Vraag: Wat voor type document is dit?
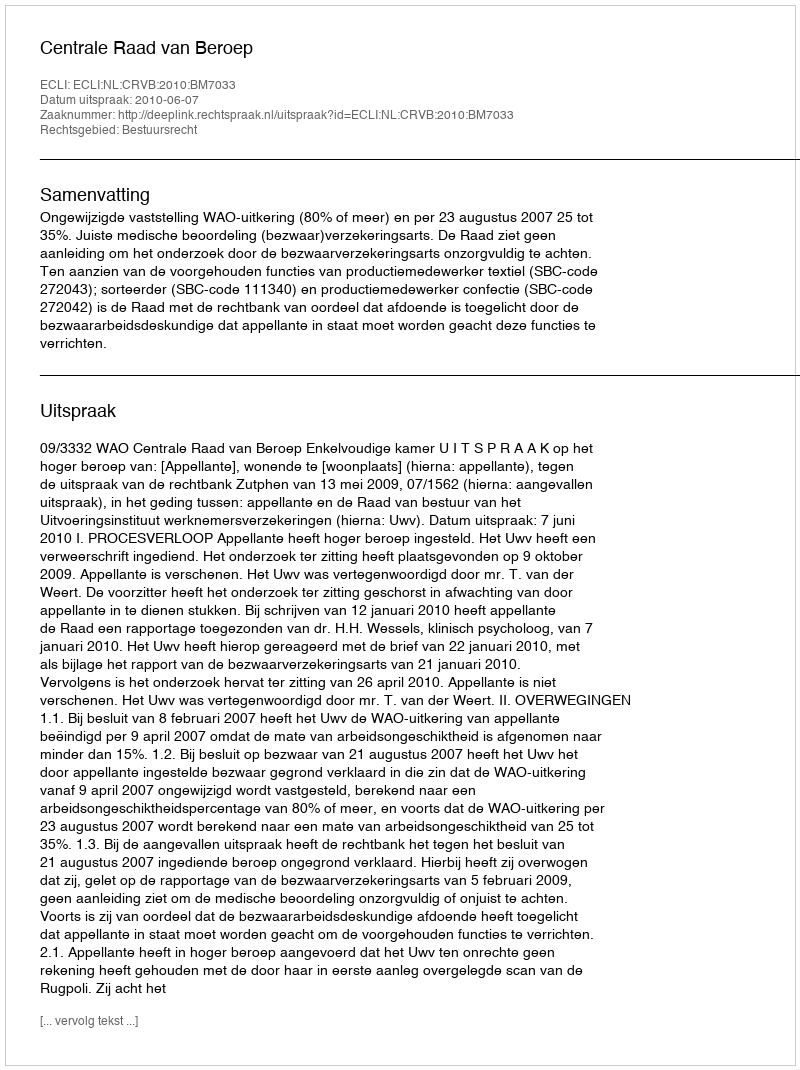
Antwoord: Uitspraak